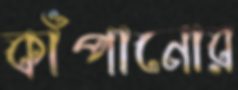
কাঁপানোর